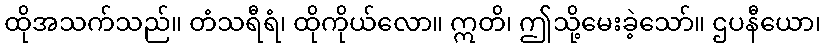
ထိုအသက်သည်။ တံသရီရံ၊ ထိုကိုယ်လော။ ဣတိ၊ ဤသို့မေးခဲ့သော်။ ဌပနီယော၊